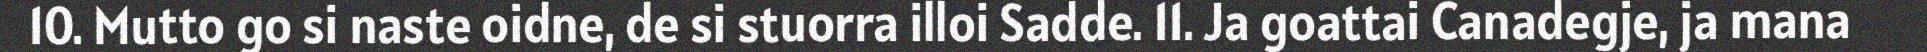
10. Mutto go si naste oidne, de si stuorra illoi Sadde. 11. Ja goattai Canadegje, ja mana